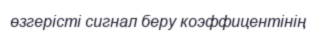
өзгерісті сигнал беру коэффицентінің